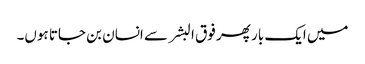
میں ایک بار پھر فوق البشر سے انسان بن جاتا ہوں۔